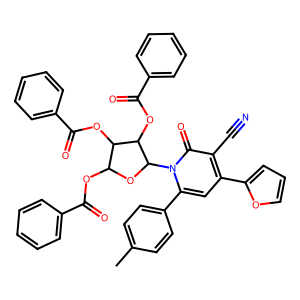
SMILES: Cc1ccc(-c2cc(-c3ccco3)c(C#N)c(=O)n2C2OC(OC(=O)c3ccccc3)C(OC(=O)c3ccccc3)C2OC(=O)c2ccccc2)cc1
Inhibits HIV replication: No